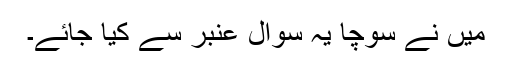
میں نے سوچا یہ سوال عنبر سے کیا جائے۔